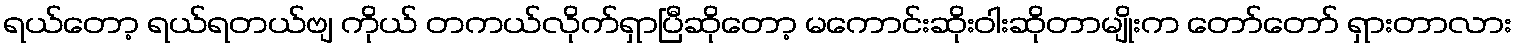
ရယ်တော့ ရယ်ရတယ်ဗျ ကိုယ် တကယ်လိုက်ရှာပြီဆိုတော့ မကောင်းဆိုးဝါးဆိုတာမျိုးက တော်တော် ရှားတာလား